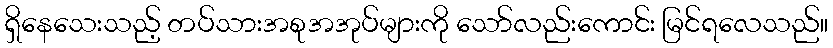
ရှိနေသေးသည့် တပ်သားအစုအအုပ်များကို သော်လည်းကောင်း မြင်ရလေသည်။